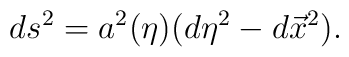
ds^2=a^2(\eta)(d\eta^2-d\vec{x}^2).